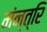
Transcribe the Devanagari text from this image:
मंन्त्रि